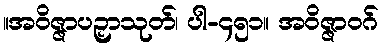
။အဝိဇ္ဇာပဉှာသုတ်၊ ပါ-၄၅၁။ အဝိဇ္ဇာဝဂ်